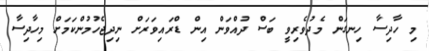
މި ހާދިސާ ހިނގަން މެދުވެރިވީ ބަސް ދުއްވަން އިން ޑްރައިވަރަށް ނިދިޖެހުމުންކަމަށް މިހާދިސާ